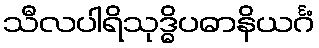
သီလပါရိသုဒ္ဓိပဓာနိယင်္ဂံ